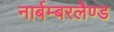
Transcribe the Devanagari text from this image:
नार्बम्बरलैण्ड